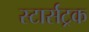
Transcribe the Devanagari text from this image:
स्टार्सट्रक